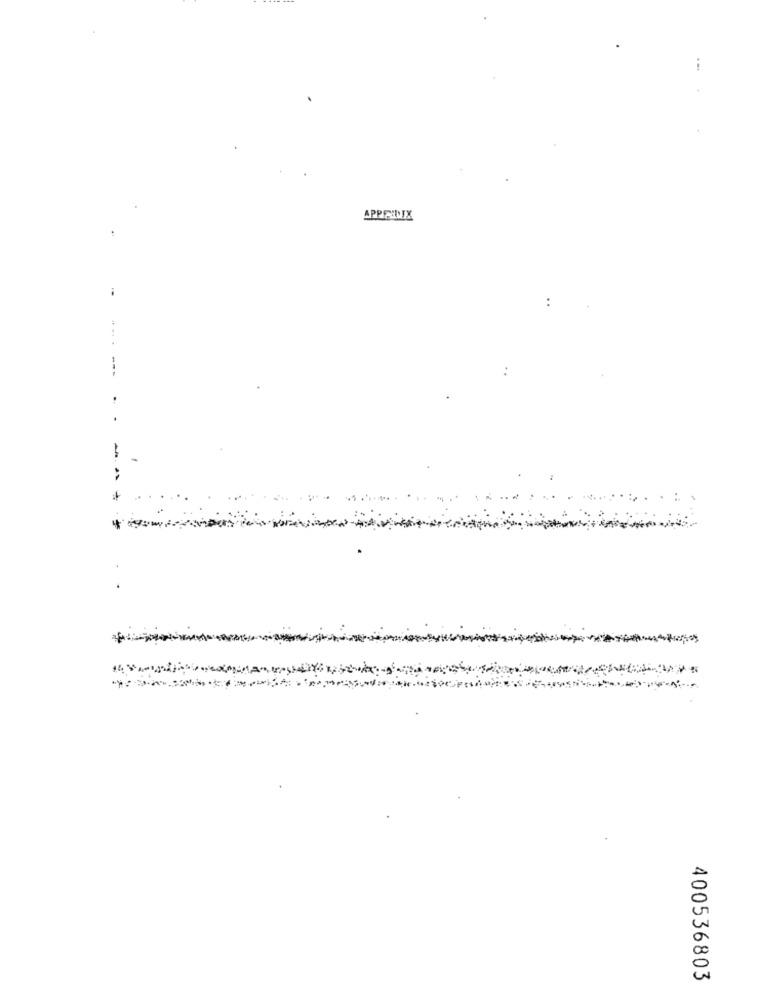
APPRIUX
..
400536803